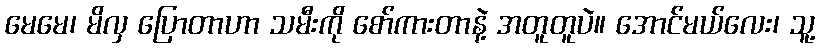
မေမေ၊ မိလှ ပြောတာဟာ သမီးကို စော်ကားတာနဲ့ အတူတူပဲ။ အောင်မယ်လေး၊ သူ့